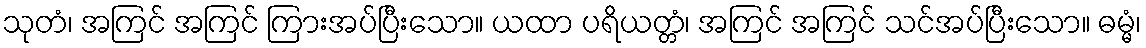
သုတံ၊ အကြင် အကြင် ကြားအပ်ပြီးသော။ ယထာ ပရိယတ္တံ၊ အကြင် အကြင် သင်အပ်ပြီးသော။ ဓမ္မံ၊